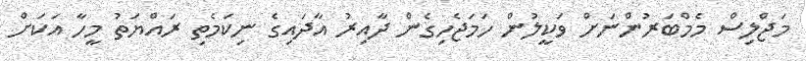
މަޖްލިސް މެމްބަރުންނަށް ވަކީލުން ހަމަޖެހިގެން ދާއިރު އާދައިގެ ނިކަމެތި ރައްޔަތު މީހާ އަކަށް